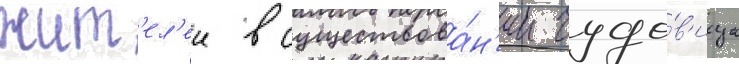
жит'ел'еи в существова́н'ии чудо́в'ища